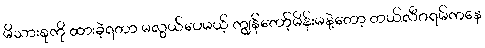
မိသားစုကို ထားခဲ့ရတာ မလွယ်ပေမယ့် ကျွန်တော့်မိန်းမနဲ့တော့ တယ်လီဂရမ်ကနေ